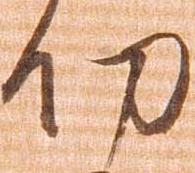
功